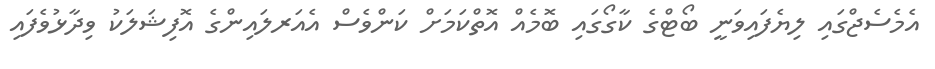
އެމެސެޖްގައި ލިޔެފައިވަނީ ބޯޓްގެ ކާގޯގައި ބޮމެއް އޮތްކަމަށް ކަންވެސް އެއަރލައިންގެ އޮފިޝަލަކު ވިދާޅުވެފައި